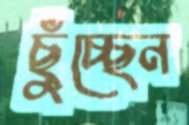
ছুঁচ্ছেন